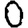
Digit: 0